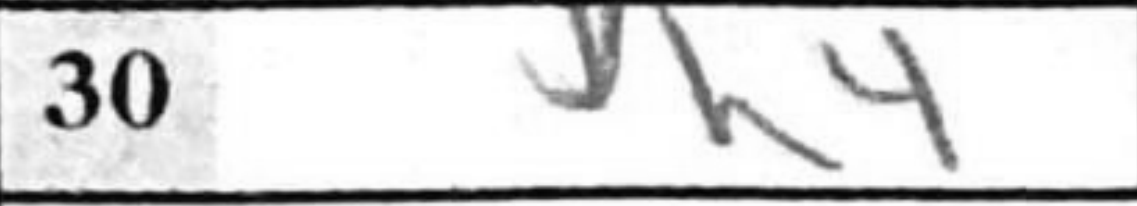
Transcription: h4